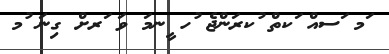
ަމ ަސއް ަކތް ުކރަންޖެ ުހ ީނމަ ވަ ަރށް ގިނަ ުމ